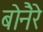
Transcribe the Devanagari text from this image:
बोनैरे